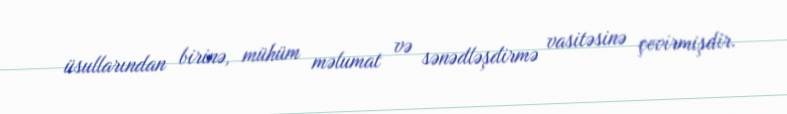
üsullarından birinə, mühüm məlumat və sənədləşdirmə vasitəsinə çevirmişdir.